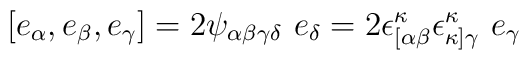
[e_\alpha,e_\beta,e_\gamma]=2\psi_{\alpha \beta \gamma \delta}~ e_\delta = 2 \epsilon_{[\alpha\beta}^\kappa \epsilon_{\kappa ]\gamma}^\kappa~e_\gamma